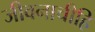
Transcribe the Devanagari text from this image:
जीवनाचीहि